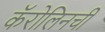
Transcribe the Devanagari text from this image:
कॅरोलिनची